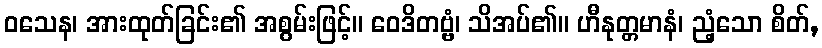
ဝသေန၊ အားထုတ်ခြင်း၏ အစွမ်းဖြင့်။ ဝေဒိတဗ္ဗံ၊ သိအပ်၏။ ဟီနုတ္တမာနံ၊ ညံ့သော စိတ်,